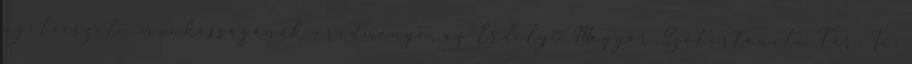
nyelvészeti munkásságának eredménye, az Erdélyi Magyar Szótörténeti Tár. In: